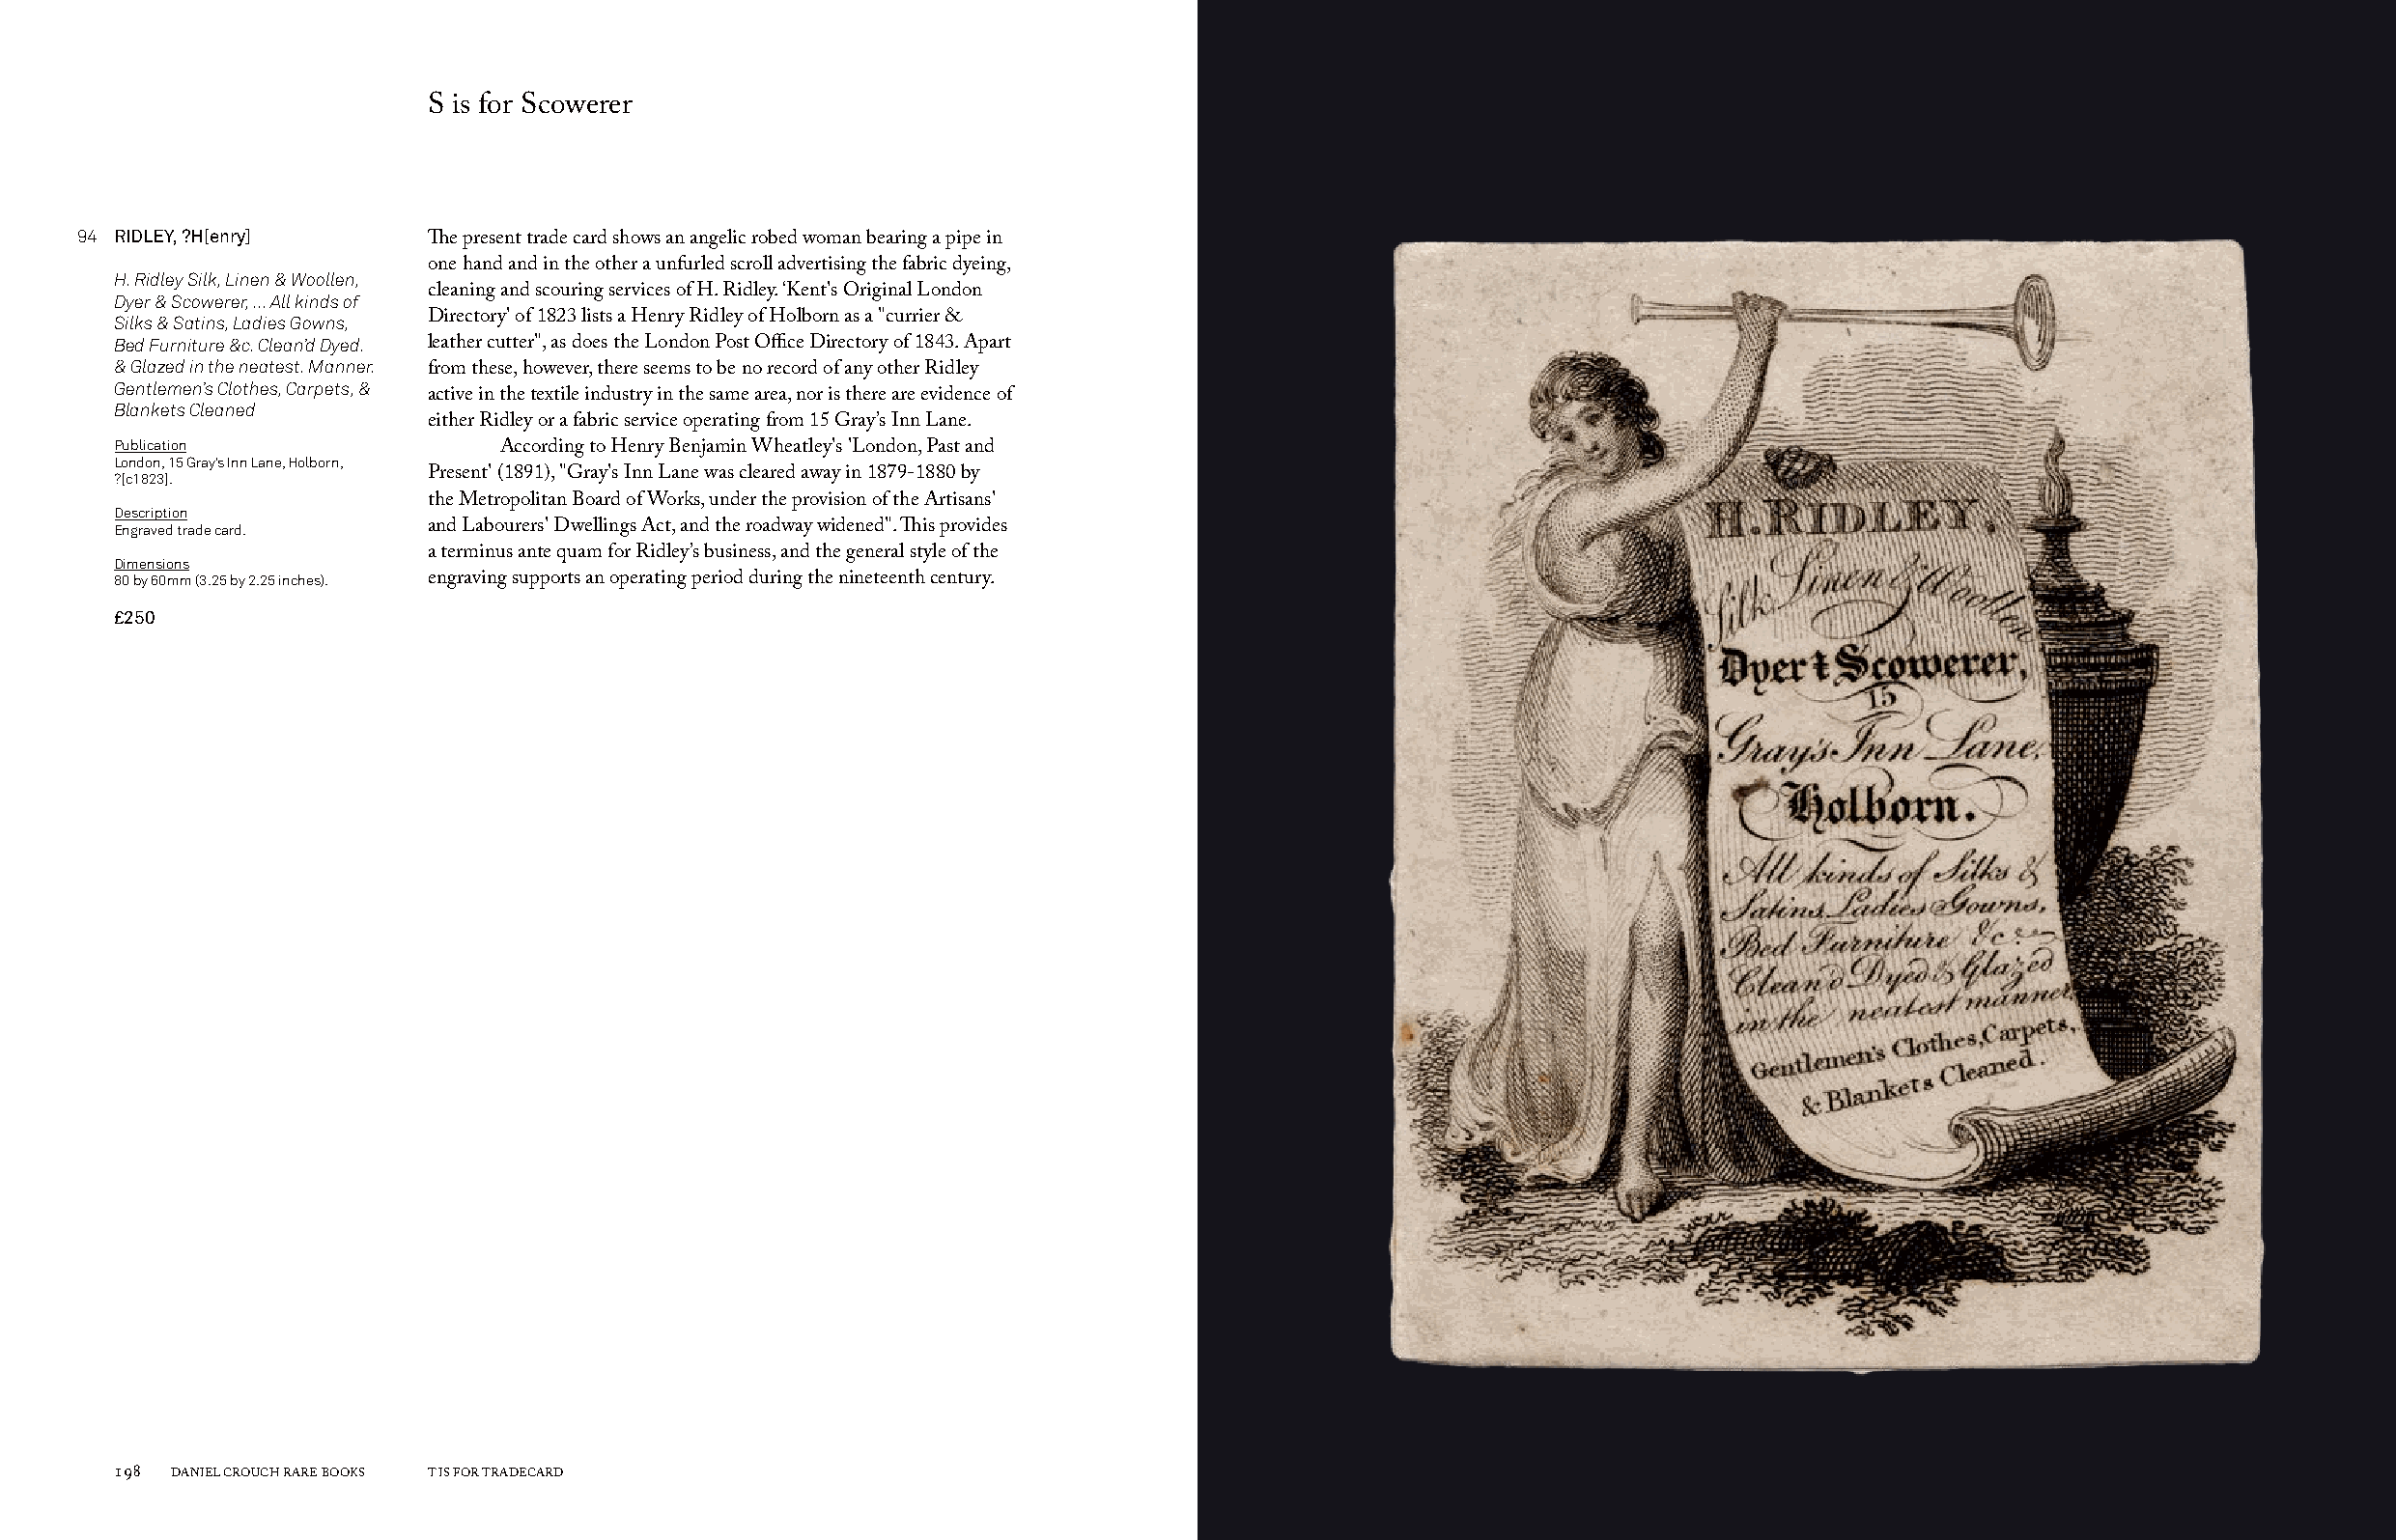
S is for Scowerer
 94 RIDLEY, ?H[enry]
 The present trade card shows an angelic robed woman bearing a pipe in
 one hand and in the other a unfurled scroll advertising the fabric dyeing,
 H. Ridley Silk, Linen & Woollen,
 Dyer & Scowerer, ... All kinds of cleaning and scouring services of H. Ridley. ‘Kent's Original London
 Silks & Satins, Ladies Gowns, Directory' of 1823 lists a Henry Ridley of Holborn as a "currier &
 Bed Furniture &c. Clean’d Dyed. leather cutter", as does the London Post Office Directory of 1843. Apart
 & Glazed in the neatest. Manner.
 from these, however, there seems to be no record of any other Ridley
 Gentlemen’s Clothes, Carpets, &
 active in the textile industry in the same area, nor is there are evidence of
 Blankets Cleaned
 either Ridley or a fabric service operating from 15 Gray’s Inn Lane.
 Publication
 According to Henry Benjamin Wheatley's 'London, Past and
 London, 15 Gray’s Inn Lane, Holborn,
 ?[c1823].            Present' (1891), "Gray's Inn Lane was cleared away in 1879-1880 by
 the Metropolitan Board of Works, under the provision of the Artisans'
 Description
 Engraved trade card. and Labourers' Dwellings Act, and the roadway widened". This provides
 a terminus ante quam for Ridley’s business, and the general style of the
 Dimensions
 80 by 60mm (3.25 by 2.25 inches). engraving supports an operating period during the nineteenth century.
 £250
 198 DANIEL CROUCH RARE BOOKS T IS FOR TRADECARD                                                                       T IS FOR TRADECARD DANIEL CROUCH RARE BOOKS 199